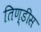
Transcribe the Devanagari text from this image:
तिण्डीस